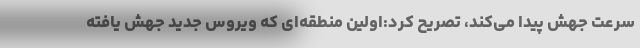
سرعت جهش پیدا می‌کند، تصریح کرد:اولین منطقه‌ای که ویروس جدید جهش یافته